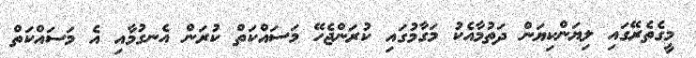
މީގެތެރޭގައި ލިޔަންކިޔަން ދަތުމާއެކު މަގާމުގައި ކުރަންޖެހޭ މަސައްކަތް ކުރަން އެނގުމާއި އެ މަސައްކަތް